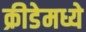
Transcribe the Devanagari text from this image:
क्रीडेमध्ये